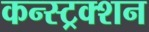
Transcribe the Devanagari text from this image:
कन्स्ट्रक्‍शन